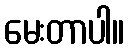
မေးတာပါ။